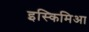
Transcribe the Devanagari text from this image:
इस्किमिआ